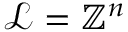
{ \mathcal { L } } = \mathbb { Z } ^ { n }